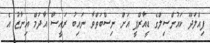
ފިއްލަދޫ ކައުންސިލްގެ ޑީއާރްޕީ އަށް ނިސްބަތްވާ ނައިބު ރައީސް އާދަމް އިނާޒު އެ